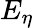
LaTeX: E_{\eta}